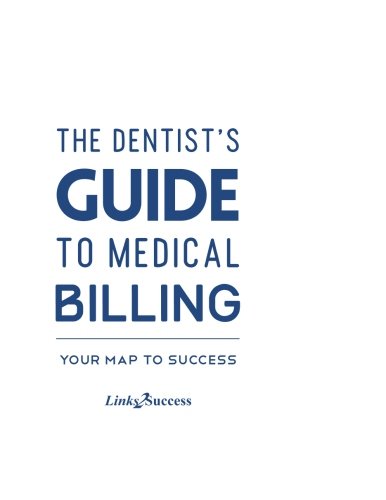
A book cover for The Dentists Guide to Medical Billing; Christine Taxin; Medical Books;